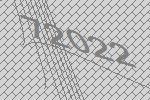
72022